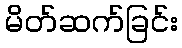
မိတ်ဆက်ခြင်း